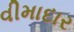
વીમાદાર